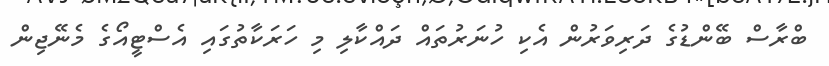
ބްރާސް ބޭންޑުގެ ދަރިވަރުން އެކި ހުނަރުތައް ދައްކާލި މި ހަރަކާތުގައި އެސްޓީއޯގެ މެނޭޖިން